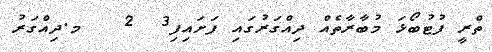
ތްރީ ފުޓުބޯޅަ މުބާރާތެއް ދިއްގަރުގައި ފަށައިފި3  2   މ.ދިއްގަރު